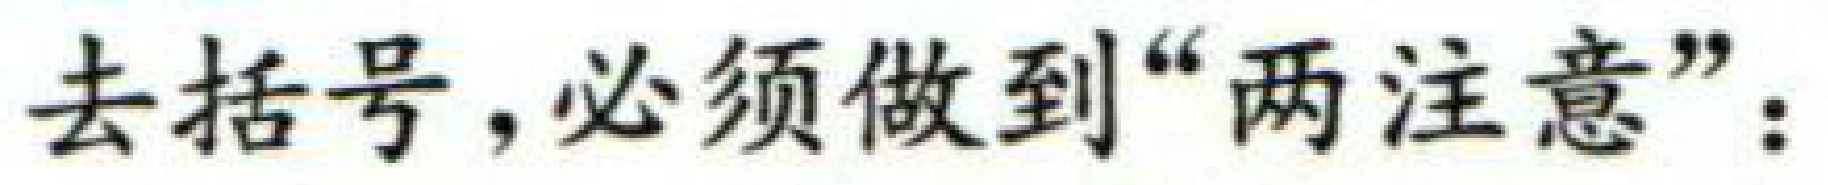
去括号，必须做到“两注意”：